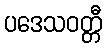
ပဒေသဝတ္တီ